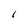
Character: 1